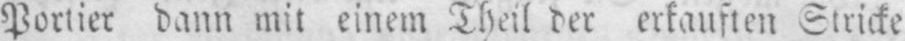
Portier dann mit einem Theil der erkauften Stricke